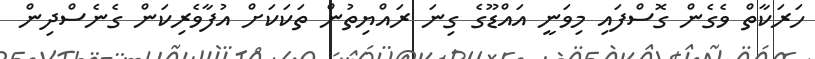
ހަރަކާތް ވެގެން ގޮސްފައި މިވަނީ އައްޑޫގެ ގިނަ ރައްޔިތުން ތަކަކަށް އުފާވެރިކަން ގެނެސްދިން